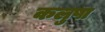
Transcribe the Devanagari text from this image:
कलुषा